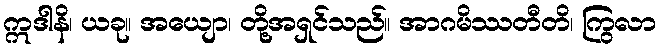
ဣဒါနိ၊ ယခု။ အယျော၊ တို့အရှင်သည်။ အာဂမိဿတီတိ၊ ကြွလာ